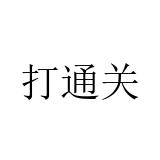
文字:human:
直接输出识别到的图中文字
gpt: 打通关